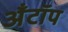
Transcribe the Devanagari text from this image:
अँटॉप